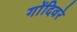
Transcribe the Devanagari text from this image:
गोंदिवरे